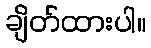
ချိတ်ထားပါ။